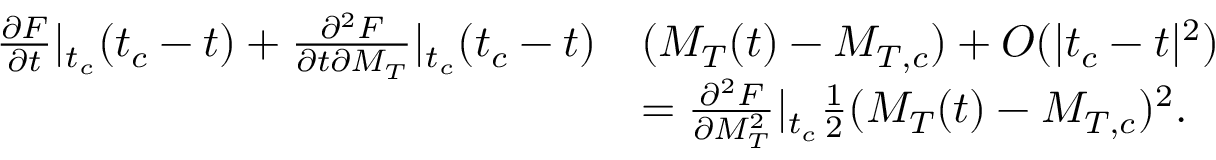
\begin{array} { r l } { \frac { \partial F } { \partial t } | _ { t _ { c } } ( t _ { c } - t ) + \frac { \partial ^ { 2 } F } { \partial t \partial M _ { T } } | _ { t _ { c } } ( t _ { c } - t ) } & { ( M _ { T } ( t ) - M _ { T , c } ) + O ( | t _ { c } - t | ^ { 2 } ) } \\ & { = \frac { \partial ^ { 2 } F } { \partial M _ { T } ^ { 2 } } | _ { t _ { c } } \frac { 1 } { 2 } ( M _ { T } ( t ) - M _ { T , c } ) ^ { 2 } \mathrm { . } } \end{array}